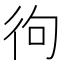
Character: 㣘